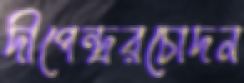
দীপেন্দ্ররচোদন